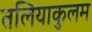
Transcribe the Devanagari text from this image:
तलियाकुलम